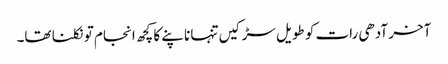
آخر آدھی رات کو طویل سڑکیں تنہا ناپنے کا کچھ انجام تو نکلنا تھا۔